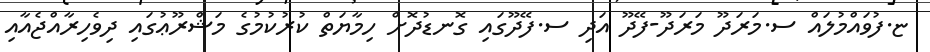
ޏ.ފުވައްމުލައް ސ.މަރަދޫ މަރަދޫ-ފޭދޫ އަދި ސ.ފޭދޫގައި ގޮނޑުދޮށް ހިމާޔަތް ކުރުކުމުގެ މަޝްރޫޢުގައި ދިވެހިރާއްޖެއާއި